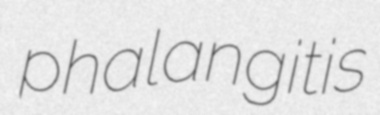
phalangitis